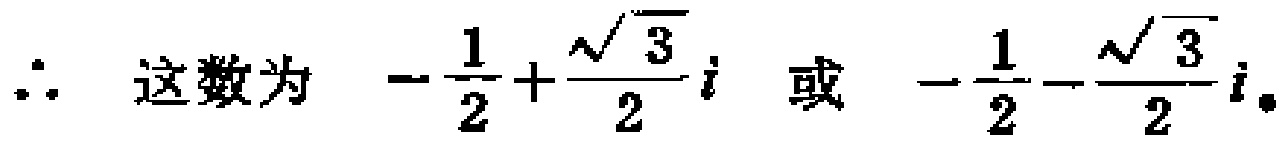
\(\therefore \ 这数为\ -\frac{1}{2}+\frac{\sqrt{3}}{2}i\ 或\ -\frac{1}{2}-\frac{\sqrt{3}}{2}i。\)